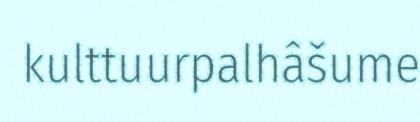
kulttuurpalhâšume